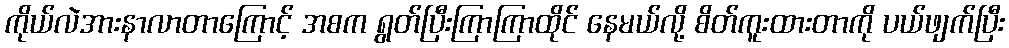
ကိုယ်လဲအားနာလာတာကြောင့် အစက ရွတ်ပြီးကြာကြာထိုင် နေမယ်လို့ စိတ်ကူးထားတာကို ပယ်ဖျက်ပြီး